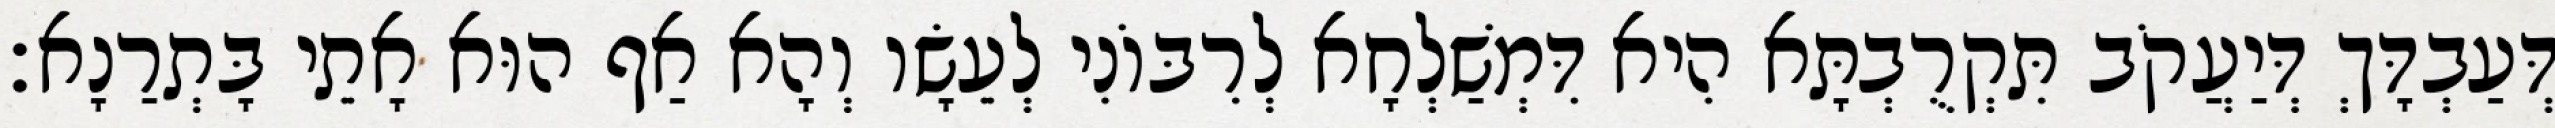
דְּעַבְדָּךְ דְּיַעֲקֹב תִּקְרֻבְתָּא הִיא דִּמְשַׁלְחָא לְרִבּוֹנִי לְעֵשָׂו וְהָא אַף הוּא אָתֵי בָּתְרַנָא׃